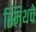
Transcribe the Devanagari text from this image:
स्मिथचे